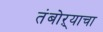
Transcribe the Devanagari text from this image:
तंबोऱ्याचा